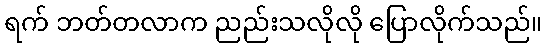
ရက် ဘတ်တလာက ညည်းသလိုလို ပြောလိုက်သည်။